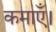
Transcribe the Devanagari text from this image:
कमाएँ।